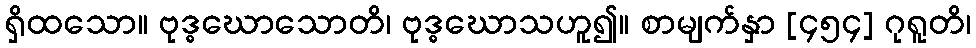
ရှိထသော။ ဗုဒ္ဓဃောသောတိ၊ ဗုဒ္ဓဃောသဟူ၍။ စာမျက်နှာ [၄၅၄] ဂုရူတိ၊